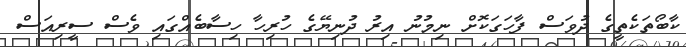
ކާބޯތަކެތީގެ ދުވަސް ފާހަގަކޮށް ނިމުނު އިރު ދުނިޔޭގެ ހުރިހާ ހިސާބެއްގައި ވެސް ސީރިއަސް